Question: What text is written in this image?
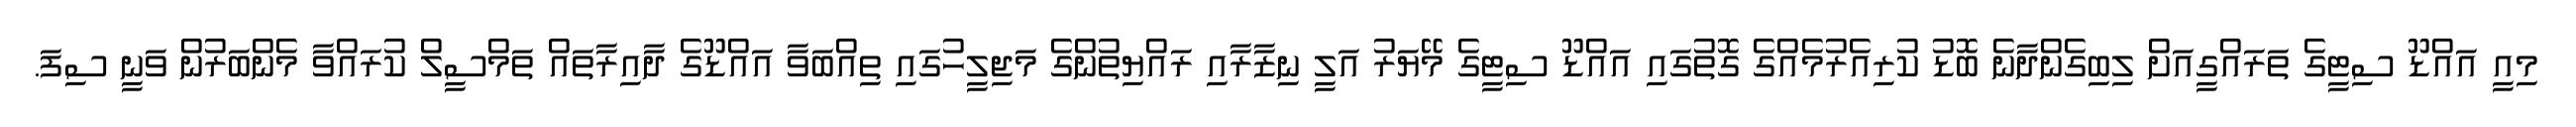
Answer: މިއީ އައްޑޫ ސިޓީގެ ތަރައްގީއަށް ލިބިގެންދާނެ ބޮޑު ކުރިއެރުމެއްގެ ގޮތުގައި އައްޑޫ ސިޓީގެ މޭޔަރު އަލީ ނިޒާރާއި ރައްޔިތުންގެ މަޖިލީހުގައި ތިއްބަވާ އައްޑޫގެ ދާއިރާތައް ތަމްސީލް ކުރައްވާ މެންބަރުން ވަނީ ސިފަ.